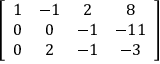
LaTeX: \left[ { \begin{array} { c c c c } { 1 } & { - 1 } & { 2 } & { 8 } \\ { 0 } & { 0 } & { - 1 } & { - 1 1 } \\ { 0 } & { 2 } & { - 1 } & { - 3 } \end{array} } \right]